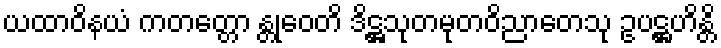
ယထာဝိနယံ ကတတ္တော န္တုဝေတိ ဒိဋ္ဌသုတမုတဝိညာတေသု ဥပဋ္ဌဟိန္တိ